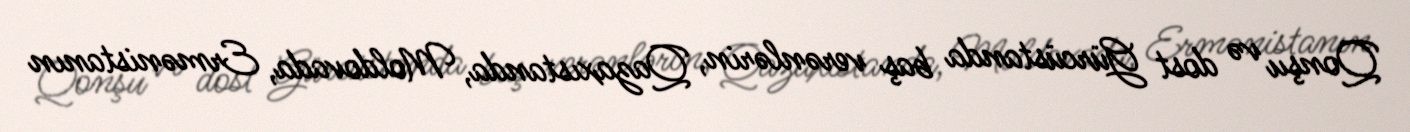
Qonşu və dost Gürcüstanda baş verənlərin, Qazaxıstanda, Moldovada, Ermənistanın